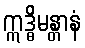
ဣဒ္ဓိမန္တာနံ